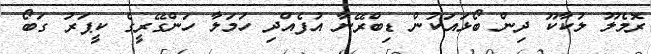
ރޮމެލޫ ލުކާކޫ ދިން ބޯޅައަކުން ޑިބްރޭނާ އުފެއްދި ހަމަލާ ހަންގޭރީގެ ކީޕަރު ގަބޯ